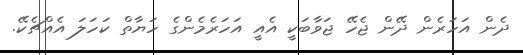
ދެން އަހަރެން ދޭން ޖެހޭ ޖަވާބަކީ އެއީ އަހަރެމެންގެ ހަޔާތް ކަހަލަ އެއްޗެކޭ.